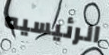
الرئيسيه